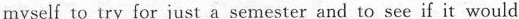
myself to try for just a semester and to see if it would